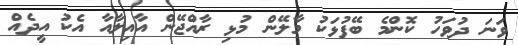
ވަނަ ދުވަހު ކޮންމެ ބޭފުޅަކު މާލޭން މުޅި ރާއްޖޭން އާއިލާއާ އެކު އީދެއް